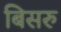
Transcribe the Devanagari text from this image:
बिसरु